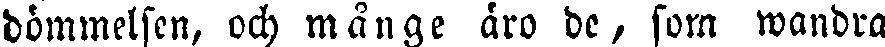
dömmelsen, och månge äro de, som wandra